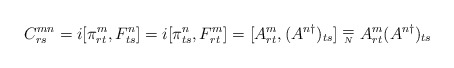
\begin{align*}C^{mn}_{rs} = i[\pi^{m}_{rt}, F^{n}_{ts}] = i[\pi^{n}_{ts}, F^{m}_{rt}] = [A^{m}_{rt},(A^{n \dagger})_{ts}] \stackrel{_{\textstyle =}}{_{_{N}}}A^{m}_{rt}(A^{n \dagger})_{ts}\end{align*}